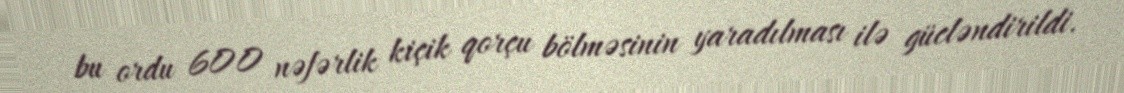
bu ordu 600 nəfərlik kiçik qorçu bölməsinin yaradılması ilə gücləndirildi.